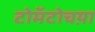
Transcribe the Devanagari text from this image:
टोमॅटोचय़ा